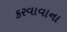
કરવાવાના